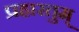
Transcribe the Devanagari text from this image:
प्रहारतुम्